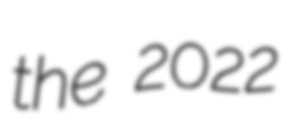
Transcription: the 2022